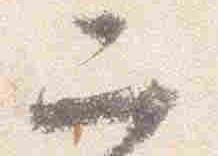
二